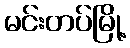
မင်းတပ်မြို့